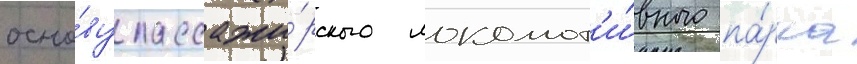
осно́ву пассажи́рского локомот'и́вного па́рка